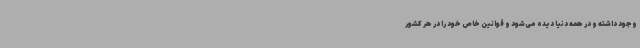
وجود داشته و در همه دنیا دیده می‌شود و قوانین خاص خود را در هر کشور